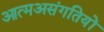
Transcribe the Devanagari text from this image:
आत्मअसंगतियों